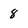
Character: 8